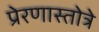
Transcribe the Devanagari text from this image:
प्रेरणास्तोत्रे